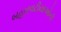
બહારવટીયાઓની